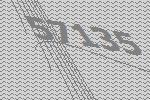
57135